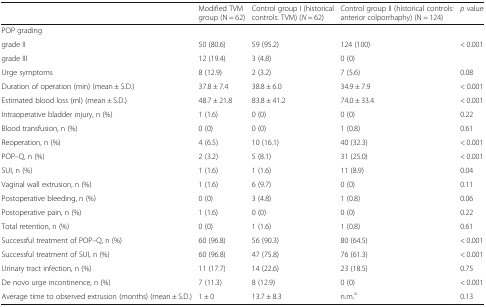
<table><thead><tr><td></td><td><b>Modified TVM group (N = 62)</b></td><td><b>Control group I (historical controls: TVM) (<i>N</i> = 62)</b></td><td><b>Control group II (historical controls: anterior colporrhaphy) (N = 124)</b></td><td><b><i>p</i> value</b></td></tr></thead><tbody><tr><td colspan="5">POP grading</td></tr><tr><td>grade II</td><td>50 (80.6)</td><td>59 (95.2)</td><td>124 (100)</td><td rowspan="2">&lt; 0.001</td></tr><tr><td>grade III</td><td>12 (19.4)</td><td>3 (4.8)</td><td>0 (0)</td></tr><tr><td>Urge symptoms</td><td>8 (12.9)</td><td>2 (3.2)</td><td>7 (5.6)</td><td>0.08</td></tr><tr><td>Duration of operation (min) (mean ± S.D.)</td><td>37.8 ± 7.4</td><td>38.8 ± 6.0</td><td>34.9 ± 7.9</td><td>&lt; 0.001</td></tr><tr><td>Estimated blood loss (ml) (mean ± S.D.)</td><td>48.7 ± 21.8</td><td>83.8 ± 41.2</td><td>74.0 ± 33.4</td><td>&lt; 0.001</td></tr><tr><td>Intraoperative bladder injury, n (%)</td><td>1 (1.6)</td><td>0 (0)</td><td>0 (0)</td><td>0.22</td></tr><tr><td>Blood transfusion, n (%)</td><td>0 (0)</td><td>0 (0)</td><td>1 (0.8)</td><td>0.61</td></tr><tr><td>Reoperation, n (%)</td><td>4 (6.5)</td><td>10 (16.1)</td><td>40 (32.3)</td><td>&lt; 0.001</td></tr><tr><td>POP–Q, n (%)</td><td>2 (3.2)</td><td>5 (8.1)</td><td>31 (25.0)</td><td>&lt; 0.001</td></tr><tr><td>SUI, n (%)</td><td>1 (1.6)</td><td>1 (1.6)</td><td>11 (8.9)</td><td>0.04</td></tr><tr><td>Vaginal wall extrusion, n (%)</td><td>1 (1.6)</td><td>6 (9.7)</td><td>0 (0)</td><td>0.11</td></tr><tr><td>Postoperative bleeding, n (%)</td><td>0 (0)</td><td>3 (4.8)</td><td>1 (0.8)</td><td>0.06</td></tr><tr><td>Postoperative pain, n (%)</td><td>1 (1.6)</td><td>0 (0)</td><td>0 (0)</td><td>0.22</td></tr><tr><td>Total retention, n (%)</td><td>0 (0)</td><td>1 (1.6)</td><td>1 (0.8)</td><td>0.61</td></tr><tr><td>Successful treatment of POP–Q, n (%)</td><td>60 (96.8)</td><td>56 (90.3)</td><td>80 (64.5)</td><td>&lt; 0.001</td></tr><tr><td>Successful treatment of SUI, n (%)</td><td>60 (96.8)</td><td>47 (75.8)</td><td>76 (61.3)</td><td>&lt; 0.001</td></tr><tr><td>Urinary tract infection, n (%)</td><td>11 (17.7)</td><td>14 (22.6)</td><td>23 (18.5)</td><td>0.75</td></tr><tr><td>De novo urge incontinence, n (%)</td><td>7 (11.3)</td><td>8 (12.9)</td><td>0 (0)</td><td>&lt; 0.001</td></tr><tr><td>Average time to observed extrusion (months) (mean ± S.D.)</td><td>1 ± 0</td><td>13.7 ± 8.3</td><td>n.m.<sup>a</sup></td><td>0.13</td></tr></tbody></table>